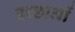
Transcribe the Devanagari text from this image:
इच्छाआें